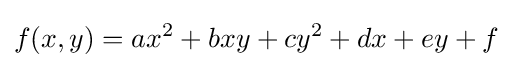
f(x,y)=ax^{2}+bxy+cy^{2}+dx+ey+f